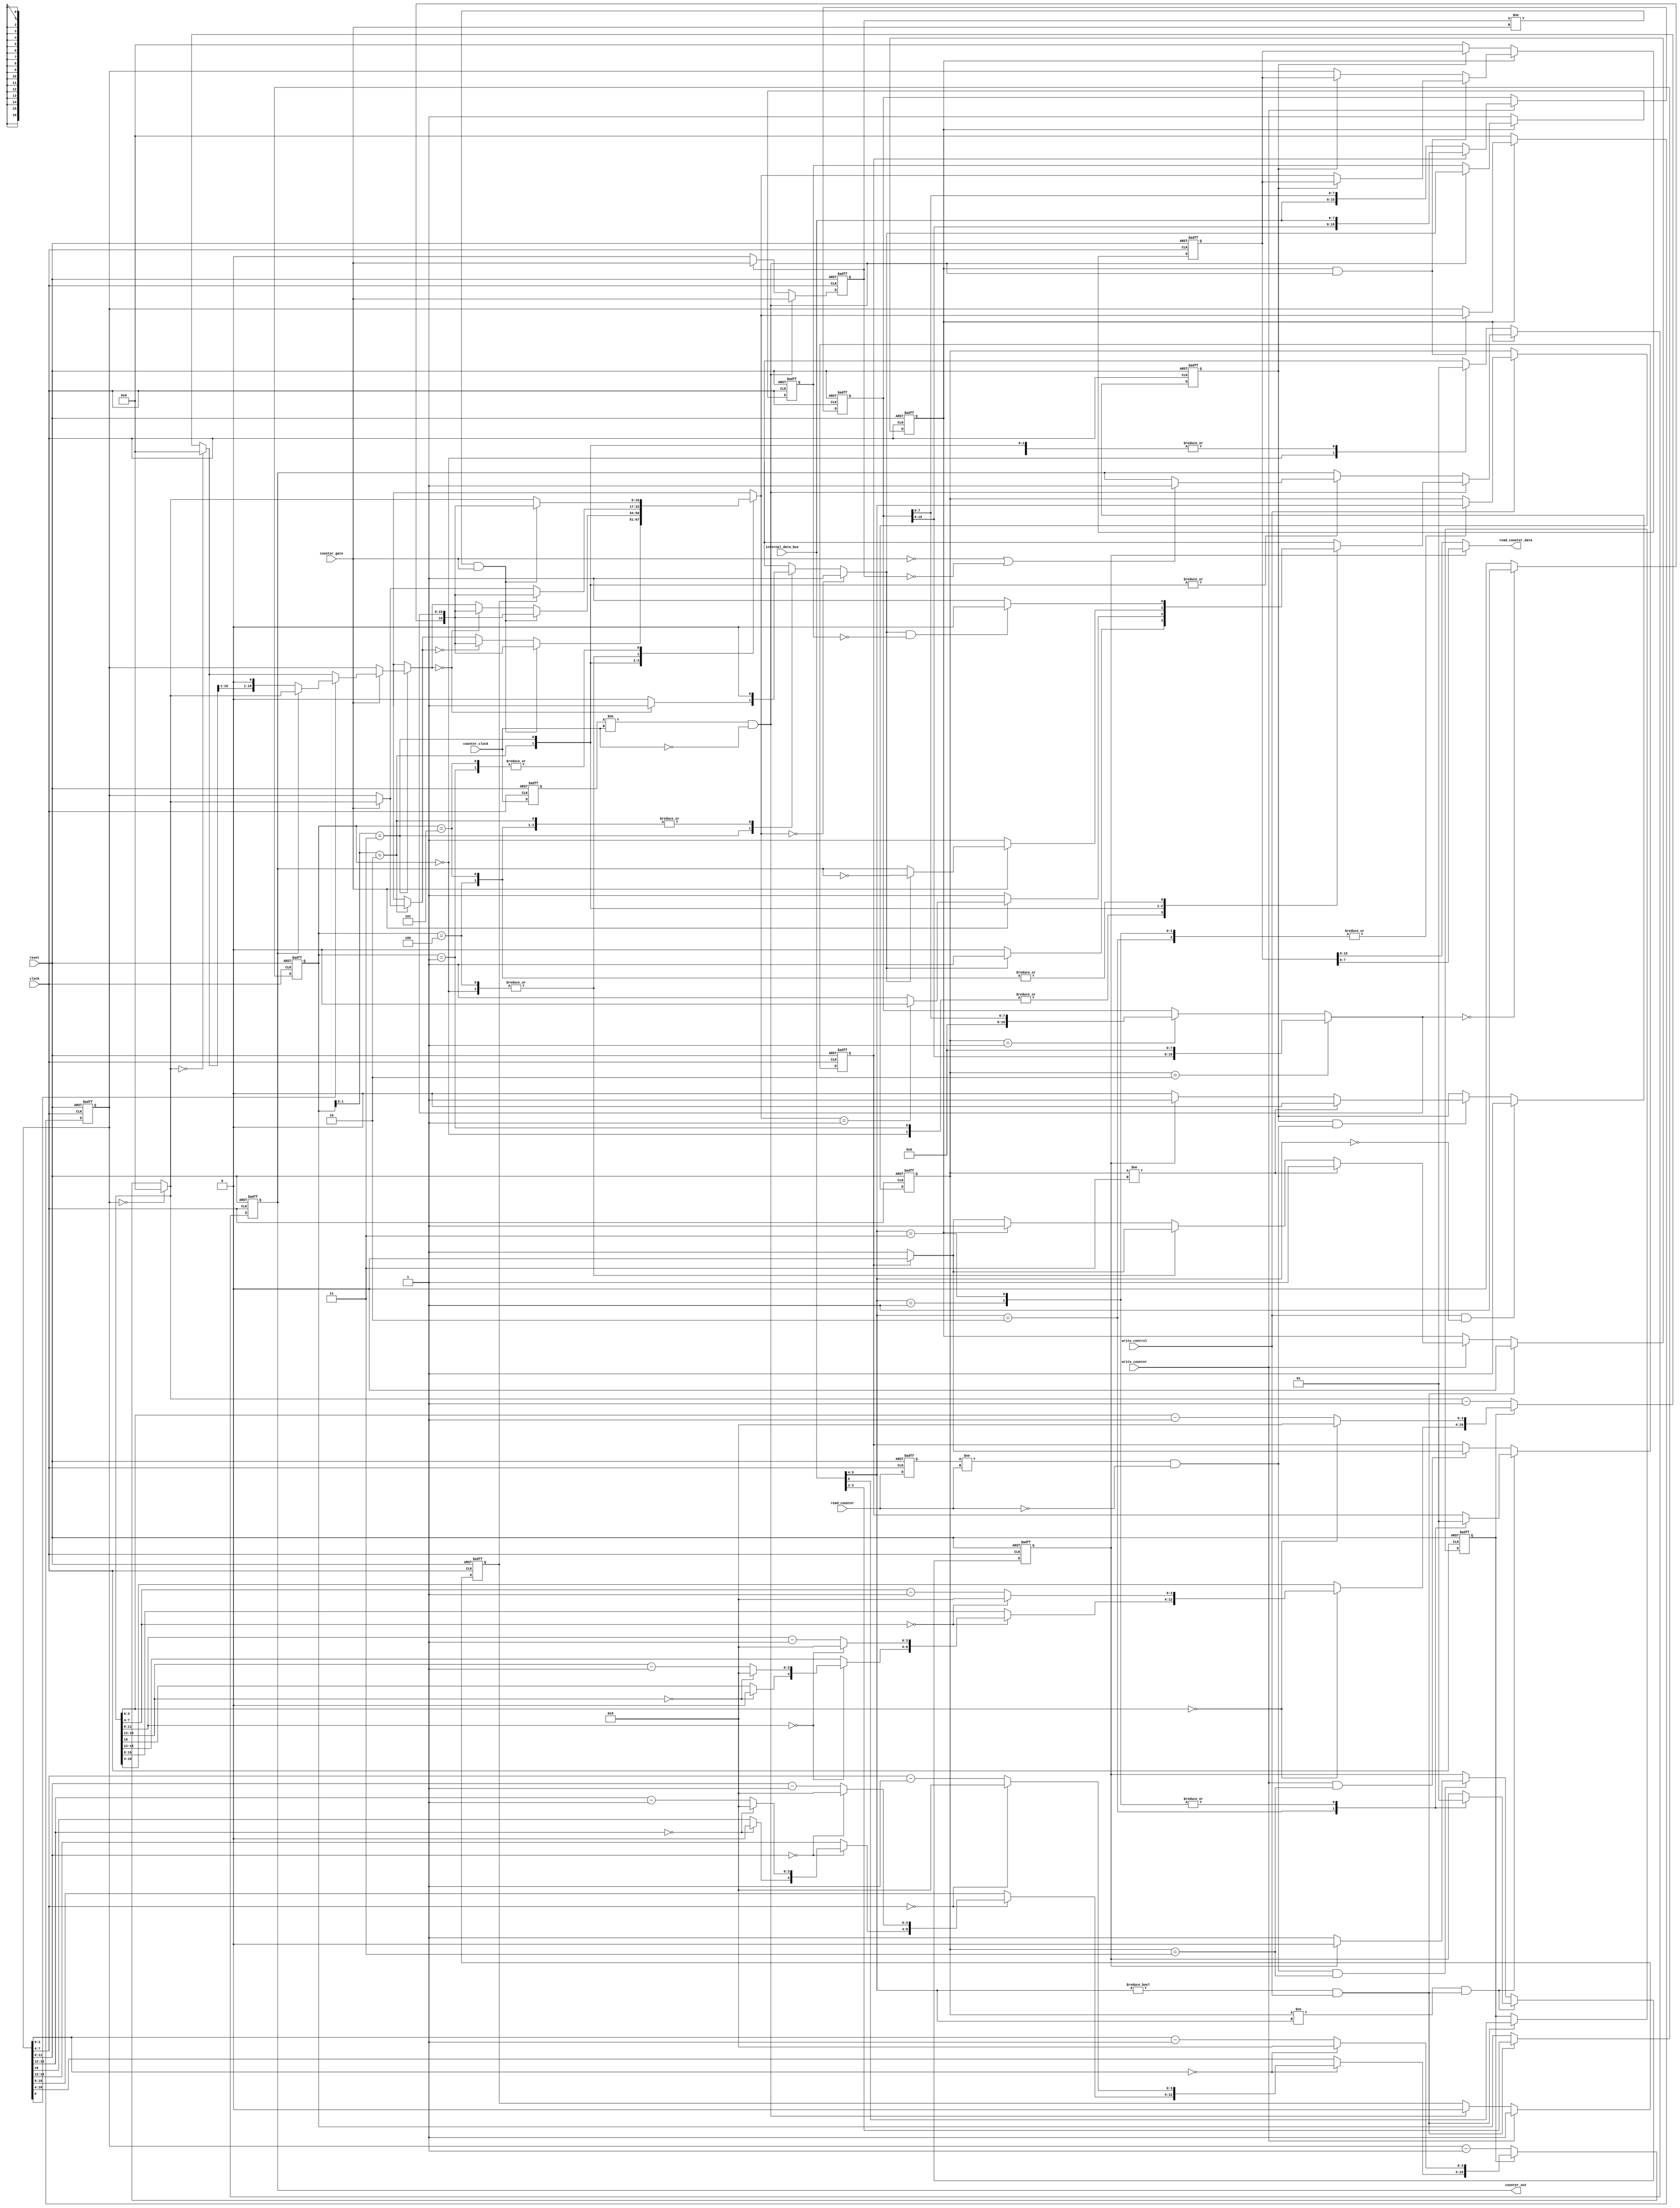
`default_nettype none

module KF8253_Counter (
	input		wire					clock,
	input		wire					reset,
	input		wire	[7:0]			internal_data_bus,
	input		wire					write_control,
	input		wire					write_counter,
	input		wire					read_counter,
	output	reg	[7:0]			read_counter_data,
	input		wire					counter_clock,
	input		wire					counter_gate,
	output	reg					counter_out
	);

	reg [1:0] select_read_write;
	wire update_counter_config;
	wire update_select_read_write;
	reg count_latched_flag;
	reg [2:0] select_mode;
	reg select_bcd;
	reg write_count_step;
	reg [15:0] count_preset;
	reg [16:0] count_preset_load;
	wire read_negedge;
	reg read_count_step;
	reg prev_read_counter;
	reg prev_counter_clock;
	wire count_edge;
	reg prev_counter_gate;
	wire gate_edge;
	reg load_edge;
	reg start_counting;
	reg [16:0] count_next;
	reg count_period;
	reg prev_count_period;
	reg [16:0] count;
	reg [16:0] count_latched;
	always @(posedge clock or posedge reset)
		if (reset)
			select_read_write <= 2'b10;
		else if (write_control)
			case (internal_data_bus[5:4])
				2'b10: select_read_write <= internal_data_bus[5:4];
				2'b01: select_read_write <= internal_data_bus[5:4];
				2'b11: select_read_write <= internal_data_bus[5:4];
				default: select_read_write <= select_read_write;
			endcase
		else
			select_read_write <= select_read_write;
	assign update_counter_config = (internal_data_bus[5:4] != 2'b00) & write_control;
	assign update_select_read_write = (select_read_write != internal_data_bus[5:4]) & update_counter_config;
	always @(posedge clock or posedge reset)
		if (reset)
			count_latched_flag <= 1'b0;
		else if (write_control && (internal_data_bus[5:4] == 2'b00))
			count_latched_flag <= 1'b1;
		else if ((count_latched_flag == 1'b1) && read_negedge) begin
			if (select_read_write != 2'b11)
				count_latched_flag <= 1'b0;
			else
				count_latched_flag <= (read_count_step == 1'b0 ? 1'b0 : 1'b1);
		end
		else
			count_latched_flag <= count_latched_flag;
	always @(posedge clock or posedge reset)
		if (reset)
			select_mode <= 3'b000;
		else if (update_counter_config)
			select_mode <= internal_data_bus[3:1];
		else
			select_mode <= select_mode;
	always @(posedge clock or posedge reset)
		if (reset)
			select_bcd <= 1'b0;
		else if (update_counter_config)
			select_bcd <= internal_data_bus[0];
		else
			select_bcd <= select_bcd;
	always @(posedge clock or posedge reset)
		if (reset)
			count_preset[15:0] <= 16'h0000;
		else if (write_counter) begin
			if (write_count_step == 1'b0)
				count_preset[15:0] <= {internal_data_bus, count_preset[7:0]};
			else
				count_preset[15:0] <= {count_preset[15:8], internal_data_bus};
		end
		else
			count_preset[15:0] <= count_preset[15:0];
	always @(posedge clock or posedge reset)
		if (reset)
			write_count_step <= 1'b0;
		else if (update_select_read_write)
			case (internal_data_bus[5:4])
				2'b10: write_count_step <= 1'b0;
				2'b01: write_count_step <= 1'b1;
				2'b11: write_count_step <= 1'b1;
				default: write_count_step <= write_count_step;
			endcase
		else if (write_counter && (select_read_write == 2'b11))
			write_count_step <= (write_count_step ? 1'b0 : 1'b1);
		else
			write_count_step <= write_count_step;
	always @(*) begin
		count_preset_load[15:0] = (select_read_write == 2'b10 ? {count_preset[15:8], 8'h00} : (select_read_write == 2'b01 ? {8'h00, count_preset[7:0]} : count_preset[15:0]));
		count_preset_load[16] = (count_preset_load[15:0] == 16'h0000 ? 1'b1 : 1'b0);
	end
	always @(*)
		if (read_count_step == 1'b0)
			read_counter_data <= count_latched[15:8];
		else
			read_counter_data <= count_latched[7:0];
	always @(posedge clock or posedge reset)
		if (reset)
			prev_read_counter <= 1'b0;
		else
			prev_read_counter <= read_counter;
	assign read_negedge = (prev_read_counter != read_counter) & (read_counter == 1'b0);
	always @(posedge clock or posedge reset)
		if (reset)
			read_count_step <= 1'b0;
		else if (update_select_read_write)
			case (internal_data_bus[5:4])
				2'b10: read_count_step <= 1'b0;
				2'b01: read_count_step <= 1'b1;
				2'b11: read_count_step <= 1'b1;
				default: read_count_step <= read_count_step;
			endcase
		else if (read_negedge && (select_read_write == 2'b11))
			read_count_step <= (read_count_step ? 1'b0 : 1'b1);
		else
			read_count_step <= read_count_step;
	always @(posedge clock or posedge reset)
		if (reset)
			prev_counter_clock <= 1'b0;
		else
			prev_counter_clock <= counter_clock;
	assign count_edge = (prev_counter_clock != counter_clock) & (counter_clock == 1'b0);
	always @(posedge clock or posedge reset)
		if (reset)
			prev_counter_gate <= 1'b0;
		else if (count_edge)
			prev_counter_gate <= counter_gate;
		else if (prev_counter_gate != 1'b0)
			prev_counter_gate <= counter_gate;
		else
			prev_counter_gate <= prev_counter_gate;
	assign gate_edge = (prev_counter_gate != counter_gate) & (counter_gate == 1'b1);
	always @(posedge clock or posedge reset)
		if (reset)
			load_edge <= 1'b0;
		else if (write_counter)
			load_edge <= 1'b1;
		else if (count_edge)
			load_edge <= 1'b0;
		else
			load_edge <= load_edge;
	always @(posedge clock or posedge reset)
		if (reset)
			start_counting <= 1'b0;
		else if (update_counter_config)
			start_counting <= 1'b0;
		else if (write_counter) begin
			if (select_read_write != 2'b11)
				start_counting <= 1'b1;
			else
				casez (select_mode)
					3'b000:
						if (write_count_step == 1'b0)
							start_counting <= 1'b1;
						else
							start_counting <= 1'b0;
					3'b100:
						if (write_count_step == 1'b0)
							start_counting <= 1'b1;
						else
							start_counting <= 1'b0;
					default:
						if (start_counting == 1'b1)
							start_counting <= 1'b1;
						else if (write_count_step == 1'b0)
							start_counting <= 1'b1;
						else
							start_counting <= 1'b0;
				endcase
		end
		else
			start_counting <= start_counting;
	function [16:0] decrement;
		input [16:0] count;
		input is_bcd;
		if (count == 17'b00000000000000000)
			decrement = 17'b00000000000000000;
		else if (is_bcd == 1'b0)
			decrement = count - 17'b00000000000000001;
		else if (count[3:0] == 4'b0000) begin
			if (count[7:4] == 4'b0000) begin
				if (count[11:8] == 4'b0000) begin
					if (count[15:12] == 4'b0000) begin
						decrement[16] = 1'b0;
						decrement[15:12] = 4'd9;
					end
					else begin
						decrement[16] = count[16];
						decrement[15:12] = count[15:12] - 4'd1;
					end
					decrement[11:8] = 4'd9;
				end
				else begin
					decrement[16:12] = count[16:12];
					decrement[11:8] = count[11:8] - 4'd1;
				end
				decrement[7:4] = 4'd9;
			end
			else begin
				decrement[16:8] = count[16:8];
				decrement[7:4] = count[7:4] - 4'd1;
			end
			decrement[3:0] = 4'd9;
		end
		else begin
			decrement[16:4] = count[16:4];
			decrement[3:0] = count[3:0] - 4'd1;
		end
	endfunction
	wire [16:0] dec_count;
	wire [16:0] dec2_count;
	assign dec_count = decrement(count, select_bcd);
	assign dec2_count = decrement(dec_count, select_bcd);
	always @(*) begin
		count_next = dec_count;
		count_period = 1'b0;
		casez (select_mode)
			3'b000: begin
				if (counter_gate == 1'b0)
					count_next = count;
				if (load_edge)
					count_next = count_preset_load;
			end
			3'b001:
				if (gate_edge)
					count_next = count_preset_load;
			3'bz10: begin
				if (counter_gate == 1'b0)
					count_next = count;
				if (count_next == 16'h0000)
					count_next = count_preset_load;
				if (gate_edge)
					count_next = count_preset_load;
			end
			3'bz11: begin
				if (count[0] == 1'b1) begin
					if (counter_out == 1'b0)
						count_next = {dec2_count[16:1], 1'b0};
				end
				else
					count_next = dec2_count;
				if (counter_gate == 1'b0)
					count_next = count;
				if (count_next == 17'b00000000000000000) begin
					count_period = 1'b1;
					count_next = count_preset_load;
				end
				if (gate_edge)
					count_next = count_preset_load;
			end
			3'b100: begin
				if (counter_gate == 1'b0)
					count_next = count;
				if (load_edge)
					count_next = count_preset_load;
			end
			3'b101:
				if (gate_edge)
					count_next = count_preset_load;
			default:
				;
		endcase
		if (count_next == 17'b00000000000000000)
			count_period = 1'b1;
	end
	always @(posedge clock or posedge reset)
		if (reset) begin
			count <= 17'b00000000000000000;
			count_latched <= 17'b00000000000000000;
		end
		else if (start_counting == 1'b0) begin
			count <= 17'b00000000000000000;
			if (count_latched_flag == 1'b0)
				count_latched <= 17'b00000000000000000;
			else
				count_latched <= count_latched;
		end
		else if (start_counting & count_edge) begin
			count <= count_next;
			if (count_latched_flag == 1'b0)
				count_latched <= count_next;
			else
				count_latched <= count_latched;
		end
		else begin
			count <= count;
			if (count_latched_flag == 1'b0)
				count_latched <= count;
			else
				count_latched <= count_latched;
		end
	always @(posedge clock or posedge reset)
		if (reset)
			prev_count_period <= 1'b1;
		else if (start_counting == 1'b0)
			prev_count_period <= 1'b1;
		else if (count_edge)
			prev_count_period <= count_period;
		else
			prev_count_period <= prev_count_period;
	always @(posedge clock or posedge reset)
		if (reset)
			counter_out <= 1'b0;
		else if (start_counting == 1'b0)
			casez (select_mode)
				3'b000: counter_out <= 1'b0;
				3'b001: counter_out <= 1'b1;
				3'bz10: counter_out <= 1'b1;
				3'bz11: counter_out <= 1'b1;
				3'b100: counter_out <= 1'b1;
				3'b101: counter_out <= 1'b1;
				default: counter_out <= 1'b0;
			endcase
		else if (count_edge)
			casez (select_mode)
				3'b000:
					if (count_period)
						counter_out <= 1'b1;
					else
						counter_out <= 1'b0;
				3'b001:
					if (count_period)
						counter_out <= 1'b1;
					else
						counter_out <= 1'b0;
				3'bz10:
					if (counter_gate == 1'b0)
						counter_out <= 1'b1;
					else if (count_next == 17'b00000000000000001)
						counter_out <= 1'b0;
					else
						counter_out <= 1'b1;
				3'bz11:
					if (counter_gate == 1'b0)
						counter_out <= 1'b1;
					else if (count_period)
						counter_out <= ~counter_out;
					else
						counter_out <= counter_out;
				3'b100:
					if (count_period && (prev_count_period == 1'b0))
						counter_out <= 1'b0;
					else
						counter_out <= 1'b1;
				3'b101:
					if (count_period && (prev_count_period == 1'b0))
						counter_out <= 1'b0;
					else
						counter_out <= 1'b1;
				default: counter_out <= counter_out;
			endcase
		else
			casez (select_mode)
				3'bz10:
					if ((counter_gate == 1'b0) || (prev_counter_gate == 1'b0))
						counter_out <= 1'b1;
					else
						counter_out <= counter_out;
				3'bz11:
					if ((counter_gate == 1'b0) || (prev_counter_gate == 1'b0))
						counter_out <= 1'b1;
					else
						counter_out <= counter_out;
				default: counter_out <= counter_out;
			endcase
endmodule